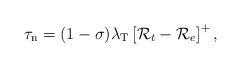
LaTeX: \begin{align*} \tau_\textrm{n} = (1-\sigma) \lambda_\textrm{T} \left[ \mathcal{R}_t - \mathcal{R}_e \right]^{+},\end{align*}